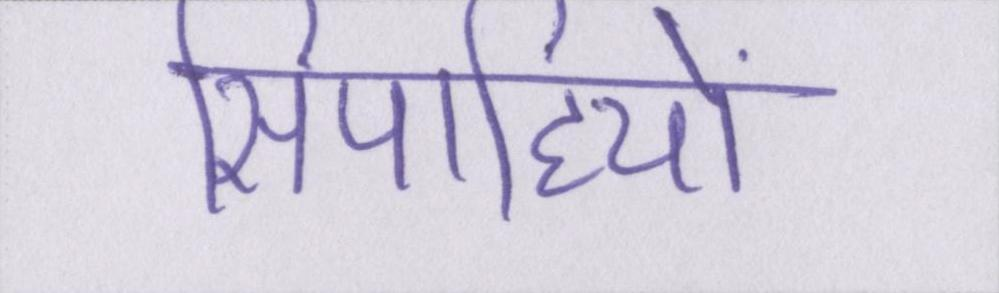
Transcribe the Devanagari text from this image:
सिपाहियों